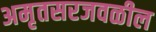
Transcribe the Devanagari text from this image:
अमृतसरजवळील